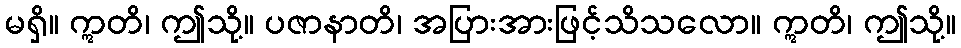
မရှိ။ ဣတိ၊ ဤသို့။ ပဇာနာတိ၊ အပြားအားဖြင့်သိသလော။ ဣတိ၊ ဤသို့။